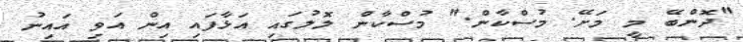
"ދޮންބޭ މީ މަށޭ. މުސްކާން." މުސްކާން ލޮލުގައި އަޅާފައި އިން އަވި އައިނު